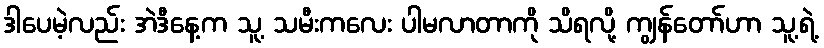
ဒါပေမဲ့လည်း အဲဒီနေ့က သူ့ သမီးကလေး ပါမလာတာကို သိရလို့ ကျွန်တော်ဟာ သူ့ရဲ့